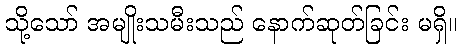
သို့သော် အမျိုးသမီးသည် နောက်ဆုတ်ခြင်း မရှိ။